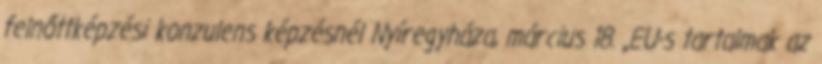
felnőttképzési konzulens képzésnél Nyíregyháza, március 18. „EU-s tartalmak az